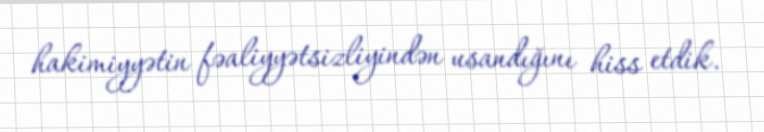
hakimiyyətin fəaliyyətsizliyindən usandığını hiss etdik.